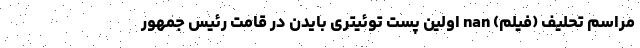
مراسم تحلیف (فیلم) nan اولین پست توئیتری بایدن در قامت رئیس جمهور